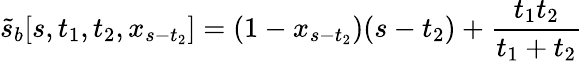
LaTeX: \tilde{s}_{b}[s,t_{1},t_{2},x_{s-t_{2}}]=(1-x_{s-t_{2}})(s-t_{2})+\frac{t_{1}t_{2}}{t_{1}+t_{2}}